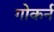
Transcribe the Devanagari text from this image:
गोकर्न